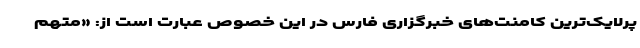
پرلایک‌ترین کامنت‌های خبرگزاری فارس در این خصوص عبارت است از: «متهم